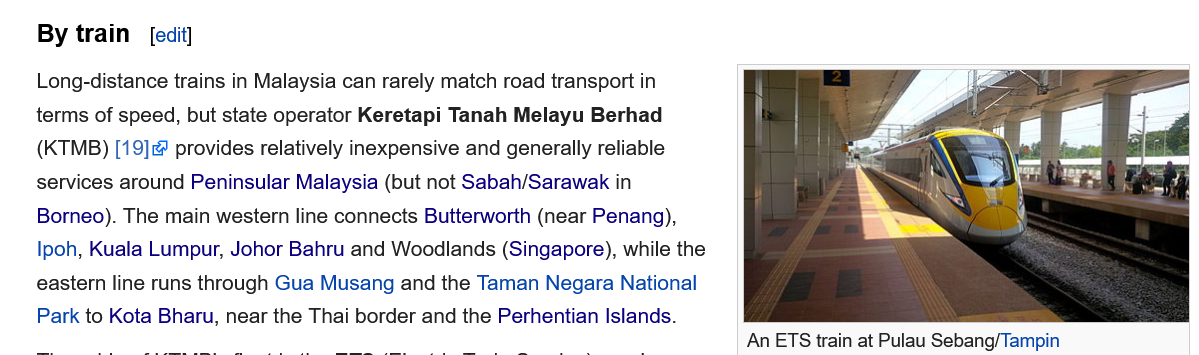
Long-distance trains in Malaysia can rarely match road transport in
    terms of speed, but state operator Keretapi Tanah Melayu Berhad
    (KTMB) [19] provides relatively inexpensive and generally reliable
    services around Peninsular Malaysia (but not Sabah/Sarawak in
    Borneo). The main western line connects Butterworth (near Penang),
    Ipoh, Kuala Lumpur, Johor Bahru and Woodlands (Singapore), while the
    eastern line runs through Gua Musang and the Taman Negara National
    Park to Kota Bharu, near the Thai border and the Perhentian Islands.
     [edit]
     An ETS train at Pulau Sebang/Tampin
    By train